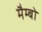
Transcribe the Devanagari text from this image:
मैम्बो